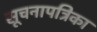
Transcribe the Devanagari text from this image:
सूचनापत्रिका